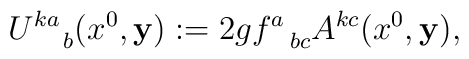
U^{ka}_{~~~b}(x^{0}, {\bf y}) := 2gf^{a}_{~~bc} A^{kc}(x^{0}, {\bf y}),